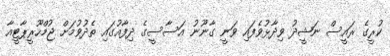
ކުރީގެ ރައީސް ނަޝީދު ވިދާޅުވެފައި ވަނީ ގާނޫނު އަސާސީގެ ދިފާއުގައި ތެދުވުމަށް ޖުމްހޫރީޕާޓީއާ